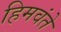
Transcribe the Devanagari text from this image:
हिमवंते